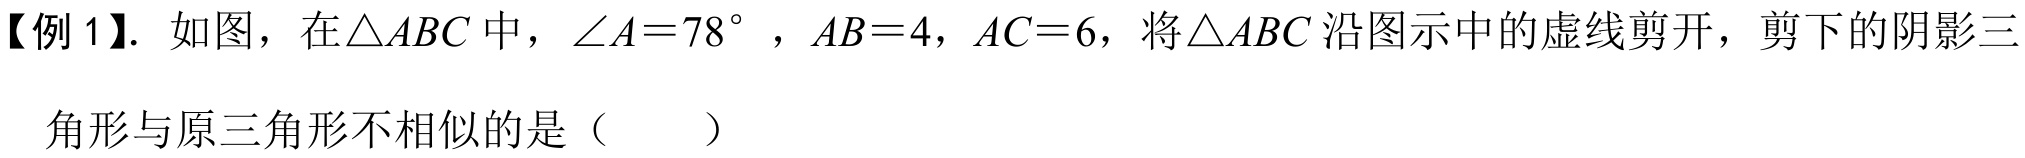
【例1】. 如图，在\(\triangle ABC\)中，\(\angle A = 78^{\circ}\)，\(AB = 4\)，\(AC = 6\)，将\(\triangle ABC\)沿图示中的虚线剪开，剪下的阴影三
角形与原三角形不相似的是（  ）